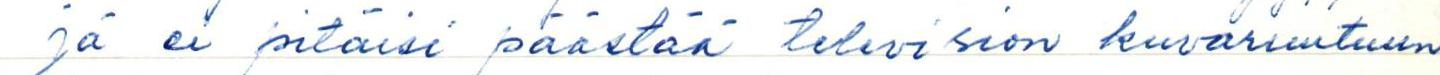
jä ei pitäisi päästää television kuvaruutuun